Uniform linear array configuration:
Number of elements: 48
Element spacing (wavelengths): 0.75
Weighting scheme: uniform
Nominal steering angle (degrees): -45
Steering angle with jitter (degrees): -43.22
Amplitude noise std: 0.05
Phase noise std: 0.05

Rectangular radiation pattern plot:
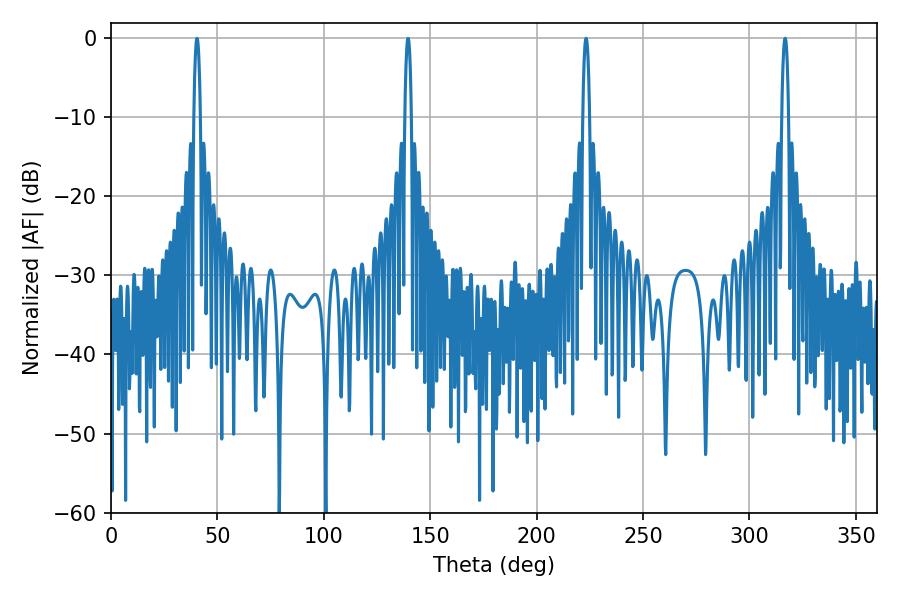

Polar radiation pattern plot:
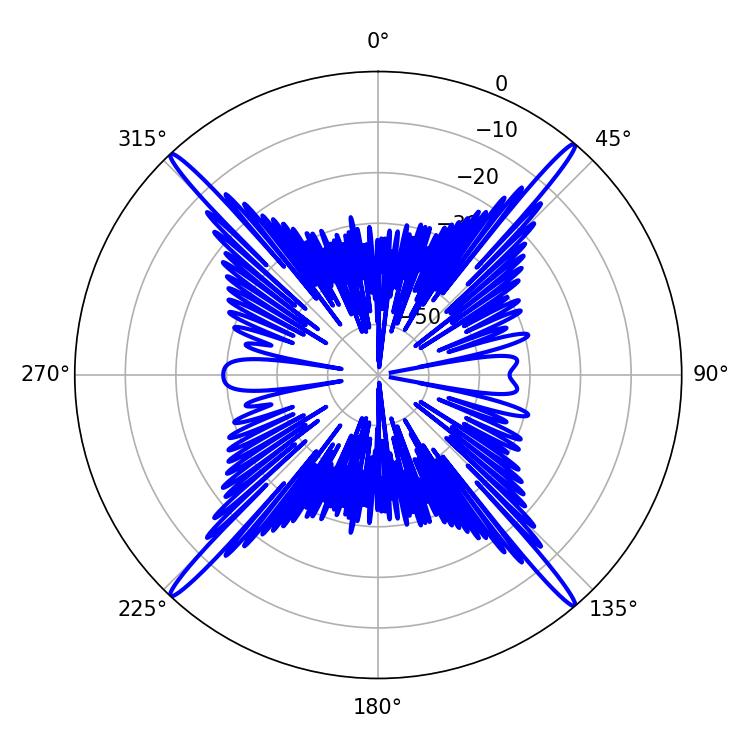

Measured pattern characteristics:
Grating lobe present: TRUE
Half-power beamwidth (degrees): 1.8
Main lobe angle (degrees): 223.2